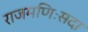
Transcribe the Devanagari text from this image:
राजमणिःसदा